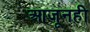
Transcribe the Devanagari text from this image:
आजूनही